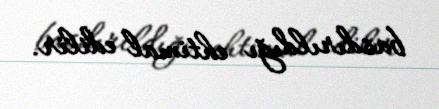
basdırıldığı ehtimal edilir.